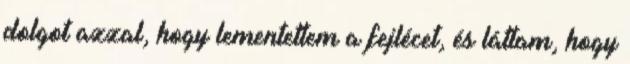
dolgot azzal, hogy lementettem a fejlécet, és láttam, hogy